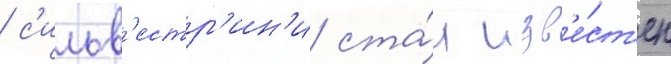
/ с'ильв'естр'ин'и ста́л изв'е́ст'ен